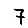
Digit: 7